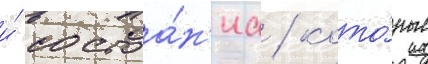
и́ состоа́н'иа / кото́рые